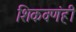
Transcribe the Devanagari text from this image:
शिकवणंही